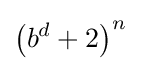
\left(b^{d}+2\right)^{n}